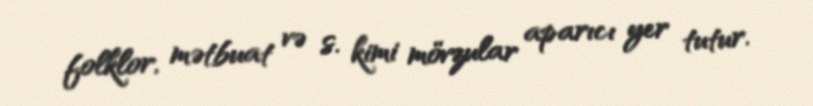
folklor, mətbuat və s. kimi mövzular aparıcı yer tutur.